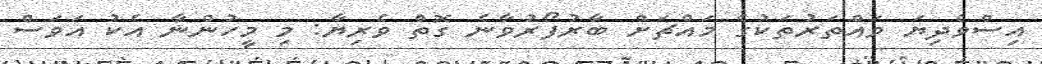
އިސްވެދިޔަ ވައްތަރުތަކުގެ މައްޗަށް ބާރުފޯރުވާނެ ގޮތް ވެރިޔާ: މި މީހުންނާ އެކު އަވަސް